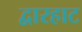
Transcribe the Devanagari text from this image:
द्वारहाट